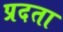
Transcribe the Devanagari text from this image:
प्रदता